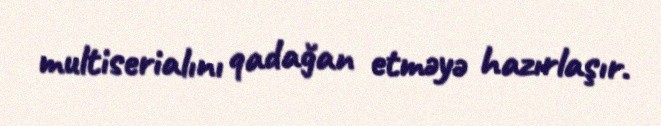
multiserialını qadağan etməyə hazırlaşır.